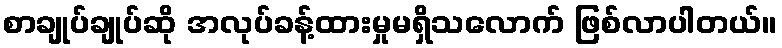
စာချုပ်ချုပ်ဆို အလုပ်ခန့်ထားမှုမရှိသလောက် ဖြစ်လာပါတယ်။